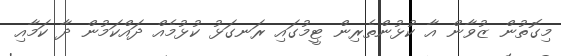
މިގޮތުން ޒުވާން އާ ކުޅުންތެރިން ޓީމުގައި ރަނގަޅު ކުޅުމެއް ދައްކަމުން ދާ ކަމާއި